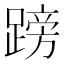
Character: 䠙